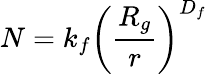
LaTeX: N=k_{f}\left(\frac{R_{g}}{r}\right)^{D_{f}}